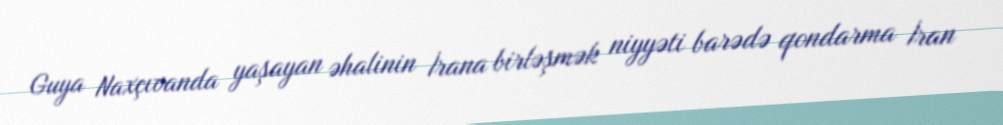
Guya Naxçıvanda yaşayan əhalinin İrana birləşmək niyyəti barədə qondarma İran